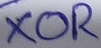
Text: XOR